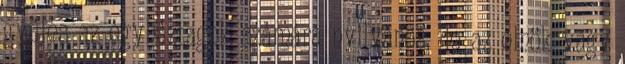
gyűlés az egyháztagok számára nyilvános, de az elnök vagy